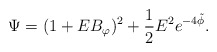
\begin{align*}\Psi = (1+E B_\varphi)^2 + \frac{1}{2} E^2 e^{-4\tilde{\phi}}.\end{align*}